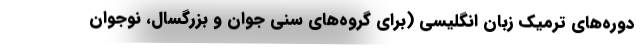
دوره‌های ترمیک زبان انگلیسی (برای گروه‌های سنی جوان و بزرگسال، نوجوان